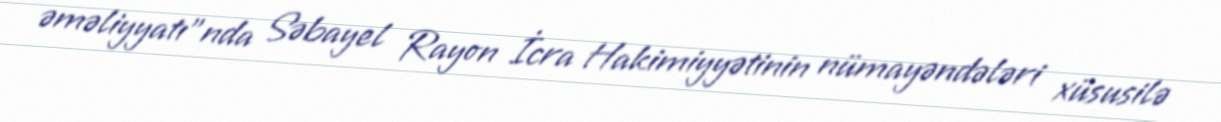
əməliyyatı”nda Səbayel Rayon İcra Hakimiyyətinin nümayəndələri xüsusilə